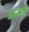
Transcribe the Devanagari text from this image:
अन्धर